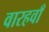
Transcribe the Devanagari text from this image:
वारहवाँ